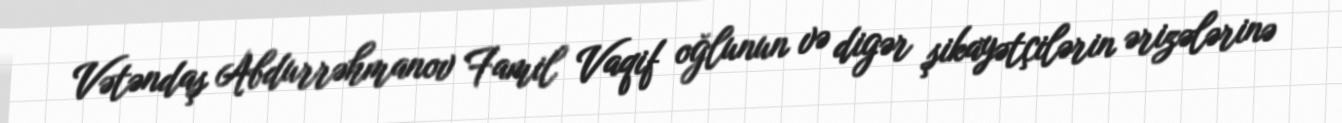
Vətəndaş Abdurrəhmanov Famil Vaqif oğlunun və digər şikayətçilərin ərizələrinə